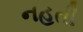
નહતી